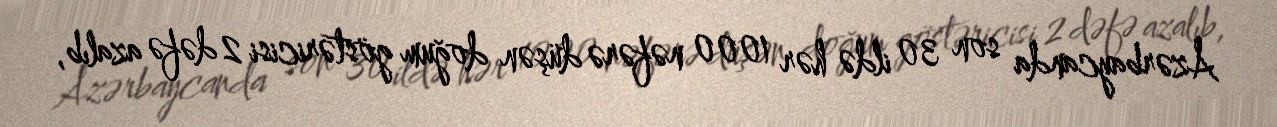
Azərbaycanda son 30 ildə hər 1000 nəfərə düşən doğum göstəricisi 2 dəfə azalıb,